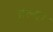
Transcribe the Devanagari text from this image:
हल्या